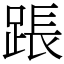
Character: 䠆